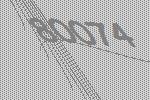
80074